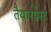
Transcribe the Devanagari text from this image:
तैयारपेस्ट